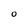
Character: O